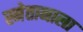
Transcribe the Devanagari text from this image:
स्मेतानाला